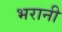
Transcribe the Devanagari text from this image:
भरानी